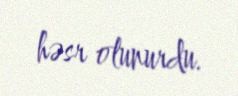
həsr olunurdu.